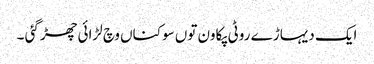
ایک دیہاڑ ے روٹی پکاون توں سوکناں وچ لڑائی چھڑ گئی ۔